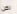
لكن